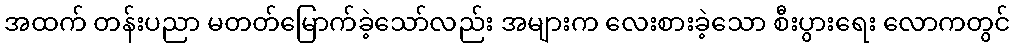
အထက် တန်းပညာ မတတ်မြောက်ခဲ့သော်လည်း အများက လေးစားခဲ့သော စီးပွားရေး လောကတွင်